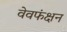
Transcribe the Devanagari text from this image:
वेवफंक्षन